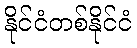
နိုင်ငံတစ်နိုင်ငံ